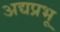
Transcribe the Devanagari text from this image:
अद्यप्रभू